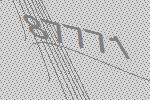
87771